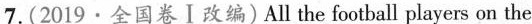
7.(2019.全国卷Ⅰ改编)All the football players on the